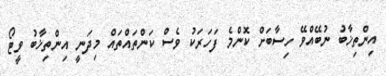
އިންތިޚާބު ނުބޭއްވޭ ހިސާބަށް ކޮންމެ ފަހަރަކު ވެސް ކަންތައްތައް މިދަނީ އިންތިޚާބު ވީޓޯ